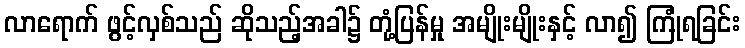
လာရောက် ဖွင့်လှစ်သည် ဆိုသည့်အခါ၌ တုံ့ပြန်မှု အမျိုးမျိုးနှင့် လာ၍ ကြုံရခြင်း